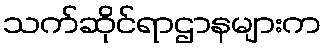
သက်ဆိုင်ရာဌာနများက